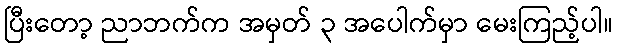
ပြီးတော့ ညာဘက်က အမှတ် ၃ အပေါက်မှာ မေးကြည့်ပါ။